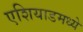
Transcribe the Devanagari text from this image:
एशियाडमध्ये